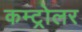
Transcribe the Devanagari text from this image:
कम्ट्रोलर